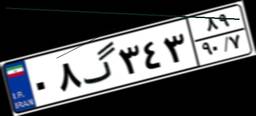
۰۸گ۳۴۳۸۹